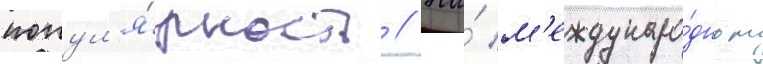
попул'я́рность // На́ м'еждунаро́дном